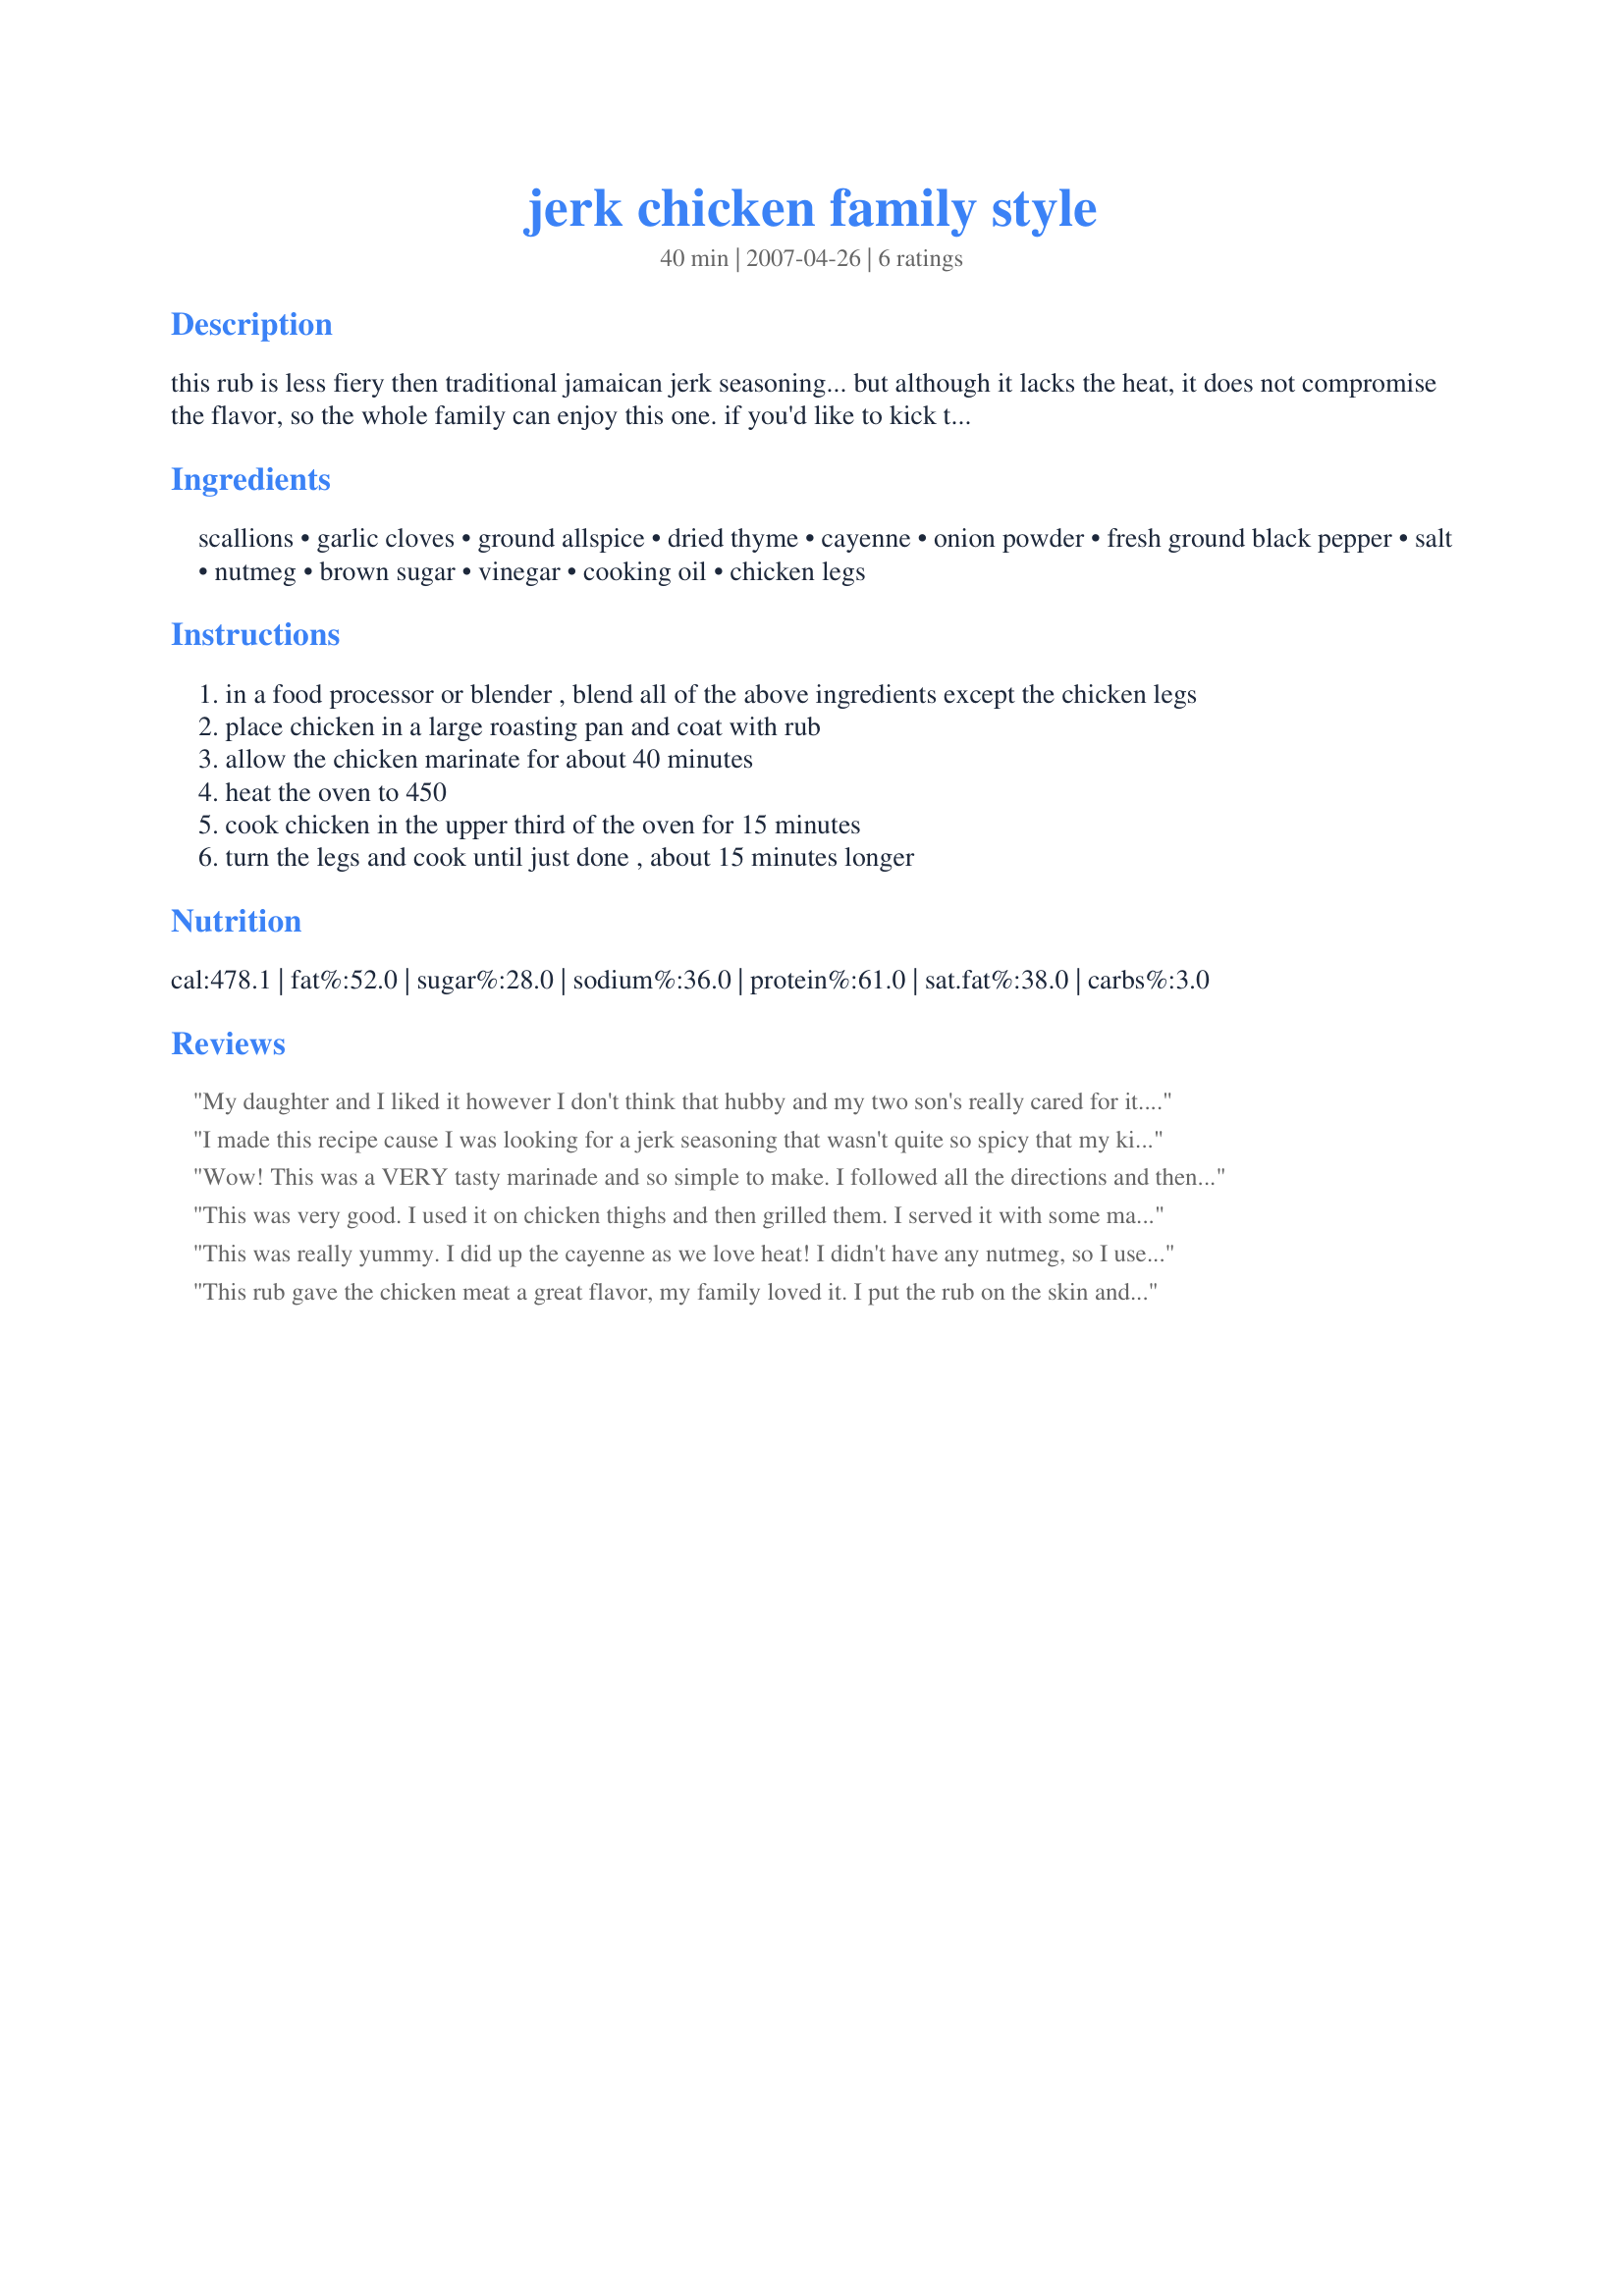
jerk chicken family style
Preparation time: 40 minutes

this rub is less fiery then traditional jamaican jerk seasoning... but although it lacks the heat, it does not compromise the flavor, so the whole family can enjoy this one. if you'd like to kick the heat up a notch, just add more cayenne pepper to the rub. corn bread, rice and beans (or just plain rice), or corn on the cob would all taste great with this highly spiced chicken. fried plantains are another appropriate accompaniment. the longer you can marinate the chicken legs, the more the flavor will penetrate the meat. i suggested forty minutes, but you can marinate the chicken for up to twenty-four hours. beverage: the strong flavors in this recipe pair best with a refreshing wine such as a slightly chilled french beaujolais. or crack open a cold red stripe!

Ingredients:
scallions, garlic cloves, ground allspice, dried thyme, cayenne, onion powder, fresh ground black pepper, salt, nutmeg, brown sugar, vinegar, cooking oil, chicken legs

Steps:
in a food processor or blender , blend all of the above ingredients except the chicken legs
place chicken in a large roasting pan and coat with rub
allow the chicken marinate for about 40 minutes
heat the oven to 450
cook chicken in the upper third of the oven for 15 minutes
turn the legs and cook until just done , about 15 minutes longer

Reviews:
My daughter and I liked it however I don't think that hubby and my two son's really cared for it. The next time I make it I will make slits on the underside of the thigh to make sure that the rub/marinade gets inside of the chicken. Due to the size of the pieces I had cooking time was much longer than 20 min. I served this with beans and rice.
I made this recipe cause I was looking for a jerk seasoning that wasn't quite so spicy that my kids would eat. They ate this so it gets my 5 stars. I used it on skinless, boneless chicken breasts and served with a tropical salsa and corn on the cob for a fab dinner.
Wow! This was a VERY tasty marinade and so simple to make. I followed all the directions and then added some hot sauce to the marinade for some extra heat. I used drumsticks and let them marinate for about an hour and 15 minutes and they came out great. I'd love to try it with chicken breasts and even shrimp. I served this with yellow rice and it was a great meal. Thanks!
This was very good. I used it on chicken thighs and then grilled them. I served it with some macaroni salad for a nice light dinner. I put my chicken in a bag with the marinade so I didn't have to wash anything but the food processor blade and bowl. This will be something we will make again.
This was really yummy. I did up the cayenne as we love heat! I didn't have any nutmeg, so I used cinnamon. I used 3 large chicken breasts and cooked them in the oven at 450 for 40 minutes without turning. I added a bit more oil to my mix in the processor, so it was more of a spread that I spooned over the chicken after marinating it for 5 hours. It was still great and we all loved the flavor. The chicken was super moist. The reader below made me think of macaroni salad, so I served this jerk chicken with Dunkley's Famous Macaroni Salad #44133.
This rub gave the chicken meat a great flavor, my family loved it. I put the rub on the skin and underneath the skin and marinated it 3 hours. Served Hiatian Rice and Beans #231033 with it. Easy to make. Will make again. For ZWTIII.
